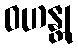
ဝဟန္တု